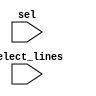
module muxing_forwarding_logic(select_lines,sel);
  
  input wire [2:0] select_lines;
  input wire [1:0] sel;
  
  wire temp1,temp2;
  
  or o1(temp1,select_lines[1],select_lines[0]);
  and a1(sel[1],~select_lines[2],temp1);
  
  and a2(temp2,~select_lines[1],select_lines[0]);
  or o2(sel[0],select_lines[2],temp2);
  
endmodule